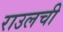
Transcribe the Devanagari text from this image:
राउलची